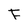
Character: F